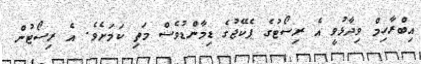
އިބްރާހިމް ވިދާޅުވީ އެ ރިސޯޓުގެ ޕެކޭޖުގެ ޑިމާންޑުވެސް މަތި ކަމަށެވެ. އެ ރިސޯޓުން